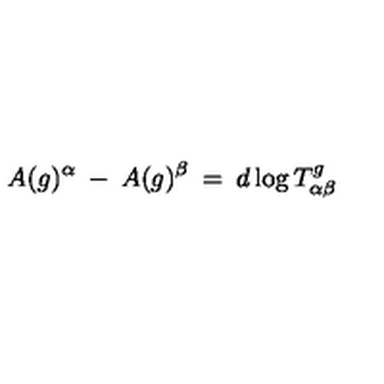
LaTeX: A ( g ) ^ { \alpha } \: - \: A ( g ) ^ { \beta } \: = \: d \log T _ { \alpha \beta } ^ { g }